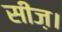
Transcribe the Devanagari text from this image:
सीज़।